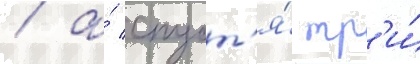
/ а́ спуст'я́ тр'и́